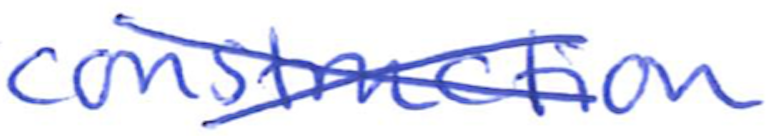
Text: construction
Cross-out: cross
Writing tool: ballpoint